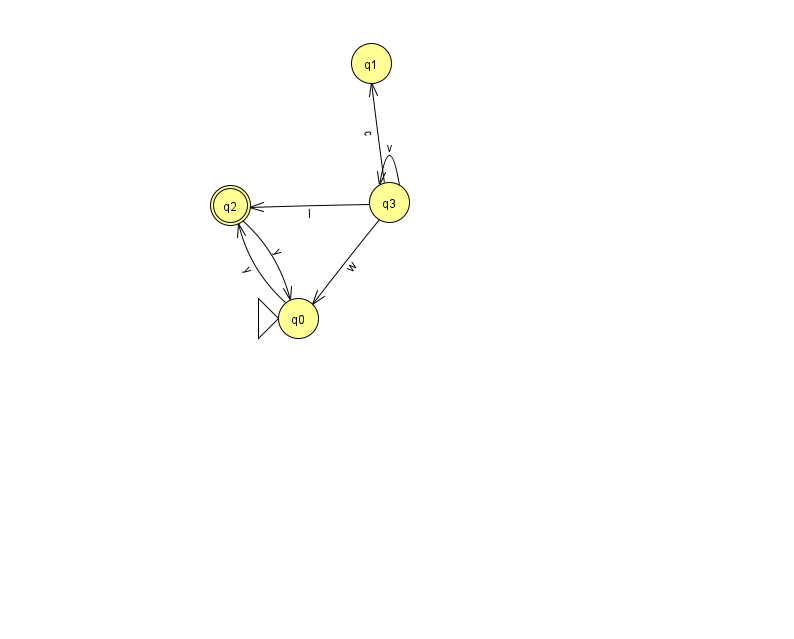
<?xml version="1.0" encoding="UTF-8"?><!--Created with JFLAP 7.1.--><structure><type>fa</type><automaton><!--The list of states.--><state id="0" name="q0"><x>298.0</x><y>305.0</y><initial/></state><state id="1" name="q1"><x>371.0</x><y>50.0</y></state><state id="2" name="q2"><x>230.0</x><y>192.0</y><final/></state><state id="3" name="q3"><x>389.0</x><y>189.0</y></state><!--The list of transitions.--><transition><from>3</from><to>1</to><read>c</read></transition><transition><from>0</from><to>2</to><read>y</read></transition><transition><from>2</from><to>0</to><read>y</read></transition><transition><from>3</from><to>3</to><read>v</read></transition><transition><from>3</from><to>0</to><read>w</read></transition><transition><from>3</from><to>2</to><read>I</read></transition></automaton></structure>